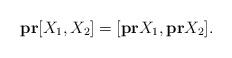
LaTeX: \begin{align*}\bold{pr}[X_1,X_2]=[\bold{pr}X_1,\bold{pr}X_2].\end{align*}